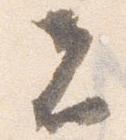
者